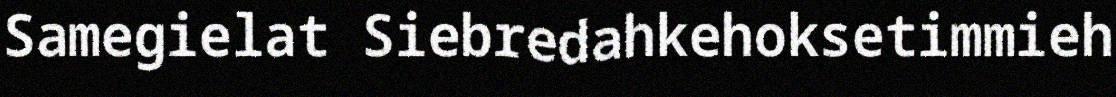
Samegielat Siebredahkehoksetimmieh